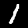
Label: 1